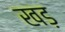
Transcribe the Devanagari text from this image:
खड़